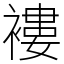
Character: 褸